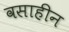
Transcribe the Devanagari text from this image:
वसाहीन